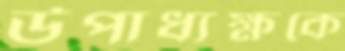
উপাধ্যক্ষকে